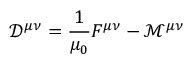
{ \mathcal { D } } ^ { \mu \nu } = { \frac { 1 } { \mu _ { 0 } } } F ^ { \mu \nu } - { \mathcal { M } } ^ { \mu \nu }